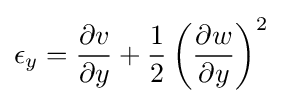
\epsilon _{y}={\frac {\partial v}{\partial y}}+{\frac {1}{2}}\left({\frac {\partial w}{\partial y}}\right)^{2}